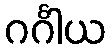
ဂင်္ဂါယ